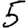
Digit: 5